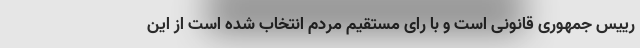
رییس جمهوری قانونی است و با رای مستقیم مردم انتخاب شده است از این